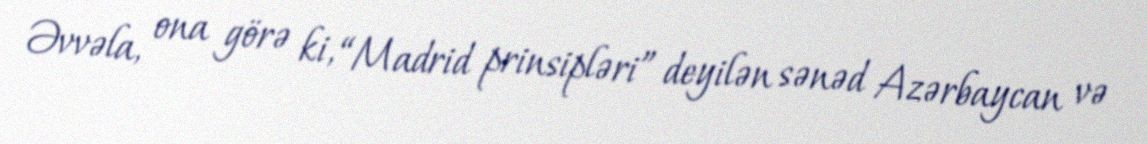
Əvvəla, ona görə ki, “Madrid prinsipləri” deyilən sənəd Azərbaycan və